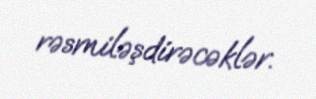
rəsmiləşdirəcəklər.